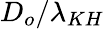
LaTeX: D_{o}/\lambda_{KH}